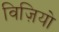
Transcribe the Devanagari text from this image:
विज़ियो